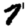
Digit: 7